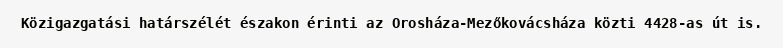
Közigazgatási határszélét északon érinti az Orosháza-Mezőkovácsháza közti 4428-as út is.